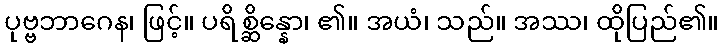
ပုဗ္ဗဘာဂေန၊ ဖြင့်။ ပရိစ္ဆိန္နော၊ ၏။ အယံ၊ သည်။ အဿ၊ ထိုပြည်၏။